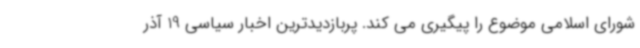
شورای اسلامی موضوع را پیگیری می کند. پربازدیدترین اخبار سیاسی 19 آذر